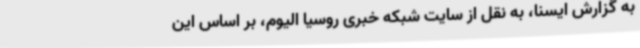
به گزارش ایسنا، به نقل از سایت شبکه خبری روسیا الیوم، بر اساس این